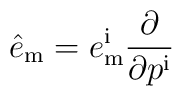
\hat e_{\mathrm{m}} = e^{\mathrm{i}}_{\mathrm{m}} {\partial\over\partial p^{\mathrm{i}}}